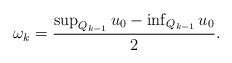
\begin{align*} \begin{aligned} {\omega}_k=\frac{\sup_{Q_{k-1}}u_0-\inf_{Q_{k-1}}u_0}{2}. \end{aligned} \end{align*}